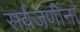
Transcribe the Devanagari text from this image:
सर्वजणींना